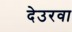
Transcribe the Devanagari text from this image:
देउरवा